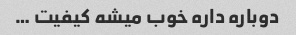
دوباره داره خوب میشه کیفیت …